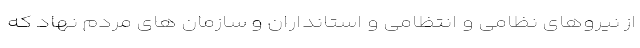
از نیروهای نظامی و انتظامی و استانداران و سازمان های مردم نهاد که